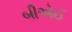
બીએઈ